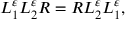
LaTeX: L _ { 1 } ^ { \varepsilon } L _ { 2 } ^ { \varepsilon } R = R L _ { 2 } ^ { \varepsilon } L _ { 1 } ^ { \varepsilon } ,